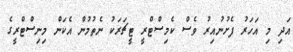
އަދި މި އަހަރު ފެށުނުއިރު ވެސް ކެމިސްޓްރީ ޓީޗަރަކު ނެތުމުން އެކަން މިނިސްޓްރީގެ